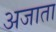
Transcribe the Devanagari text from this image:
अजाता